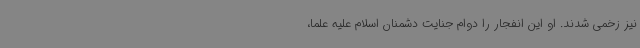
نیز زخمی شدند. او این انفجار را دوام جنایت دشمنان اسلام علیه علما،